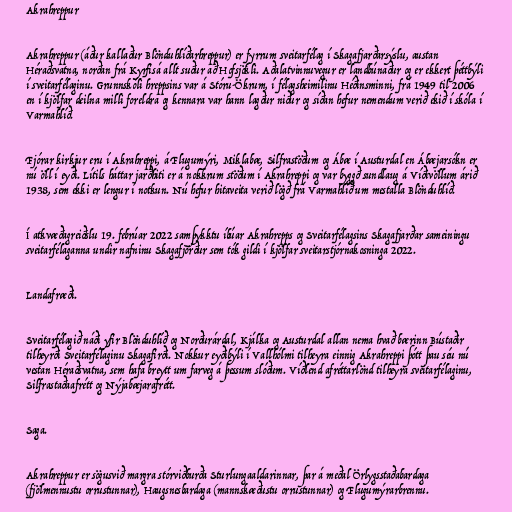
Akrahreppur

Akrahreppur (áður kallaður Blönduhlíðarhreppur) er fyrrum sveitarfélag í Skagafjarðarsýslu, austan
Héraðsvatna, norðan frá Kyrfisá allt suður að Hofsjökli. Aðalatvinnuvegur er landbúnaður og er ekkert þéttbýli
í sveitarfélaginu. Grunnskóli hreppsins var á Stóru-Ökrum, í félagsheimilinu Héðinsminni, frá 1949 til 2006
en í kjölfar deilna milli foreldra og kennara var hann lagður niður og síðan hefur nemendum verið ekið í skóla í
Varmahlíð.

Fjórar kirkjur eru í Akrahreppi, á Flugumýri, Miklabæ, Silfrastöðum og Ábæ í Austurdal en Ábæjarsókn er
nú öll í eyði. Lítils háttar jarðhiti er á nokkrum stöðum í Akrahreppi og var byggð sundlaug á Víðivöllum árið
1938, sem ekki er lengur í notkun. Nú hefur hitaveita verið lögð frá Varmahlíð um mestalla Blönduhlíð.

Í atkvæðagreiðslu 19. febrúar 2022 samþykktu íbúar Akrahrepps og Sveitarfélagsins Skagafjarðar sameiningu
sveitarfélaganna undir nafninu Skagafjörður sem tók gildi í kjölfar sveitarstjórnakosninga 2022.

Landafræði.

Sveitarfélagið náði yfir Blönduhlíð og Norðurárdal, Kjálka og Austurdal allan nema hvað bærinn Bústaðir
tilheyrði Sveitarfélaginu Skagafirði. Nokkur eyðibýli í Vallhólmi tilheyra einnig Akrahreppi þótt þau séu nú
vestan Héraðsvatna, sem hafa breytt um farveg á þessum slóðum. Víðlend afréttarlönd tilheyra sveitarfélaginu,
Silfrastaðaafrétt og Nýjabæjarafrétt.

Saga.

Akrahreppur er sögusvið margra stórviðburða Sturlungaaldarinnar, þar á meðal Örlygsstaðabardaga
(fjölmennustu orrustunnar), Haugsnesbardaga (mannskæðustu orrustunnar) og Flugumýrarbrennu.